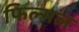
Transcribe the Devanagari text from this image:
फिल्मल